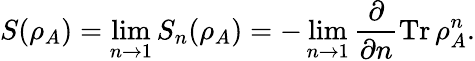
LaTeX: S(\rho_{A})=\operatorname*{lim}_{n\to 1}S_{n}(\rho_{A})=-\operatorname*{lim}_{n\to 1}\frac{\partial}{\partial n}\operatorname{Tr}\rho_{A}^{n}.